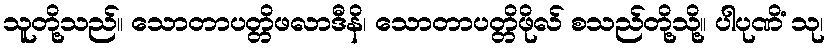
သူတို့သည်။ သောတာပတ္တိဖလာဒီနိ၊ သောတာပတ္တိဖိုလ် စသည်တို့သို့။ ပါပုဏိံ သု၊